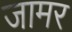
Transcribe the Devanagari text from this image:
जामर